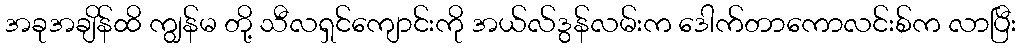
အခုအချိန်ထိ ကျွန်မ တို့ သီလရှင်ကျောင်းကို အယ်လ်ဒွန်လမ်းက ဒေါက်တာကောလင်းစ်က လာပြီး